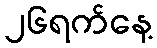
၂၆ရက်နေ့